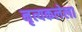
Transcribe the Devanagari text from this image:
नृत्यकलेला